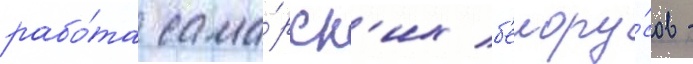
рабо́та сама́рск'их б'елору́сов -